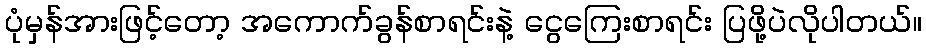
ပုံမှန်အားဖြင့်တော့ အကောက်ခွန်စာရင်းနဲ့ ငွေကြေးစာရင်း ပြဖို့ပဲလိုပါတယ်။